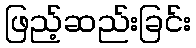
ဖြည့်ဆည်းခြင်း